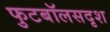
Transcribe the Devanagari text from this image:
फुटबॉलसदृश